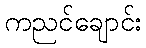
ကညင်ချောင်း